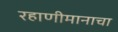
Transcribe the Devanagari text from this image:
रहाणीमानाचा